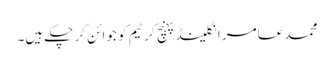
محمد عامر انگلینڈ پہنچ کر ٹیم کو جوائن کر چکے ہیں۔